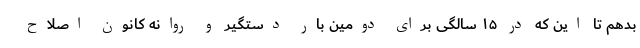
بدهم تا این که در ۱۵ سالگی برای دومین بار دستگیر و روانه کانون اصلاح